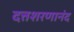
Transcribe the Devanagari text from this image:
दत्तशरणानंद